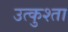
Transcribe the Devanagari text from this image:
उत्कुश्ता